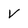
Character: V